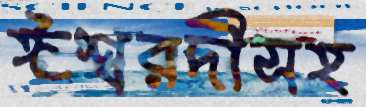
ঈশ্বরদীসহ